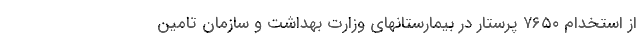
از استخدام ۷۶۵۰ پرستار در بیمارستانهای وزارت بهداشت و سازمان تامین